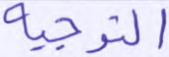
التوجيه